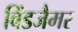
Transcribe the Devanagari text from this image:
विंडजैमर